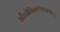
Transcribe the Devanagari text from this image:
औद्योगिकीकरणाला